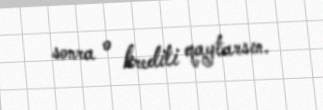
sonra o krediti qaytarsın.